Report of the Indian Hemp Drugs Commission, 1894-1895 - Volume IV
Year: 1894
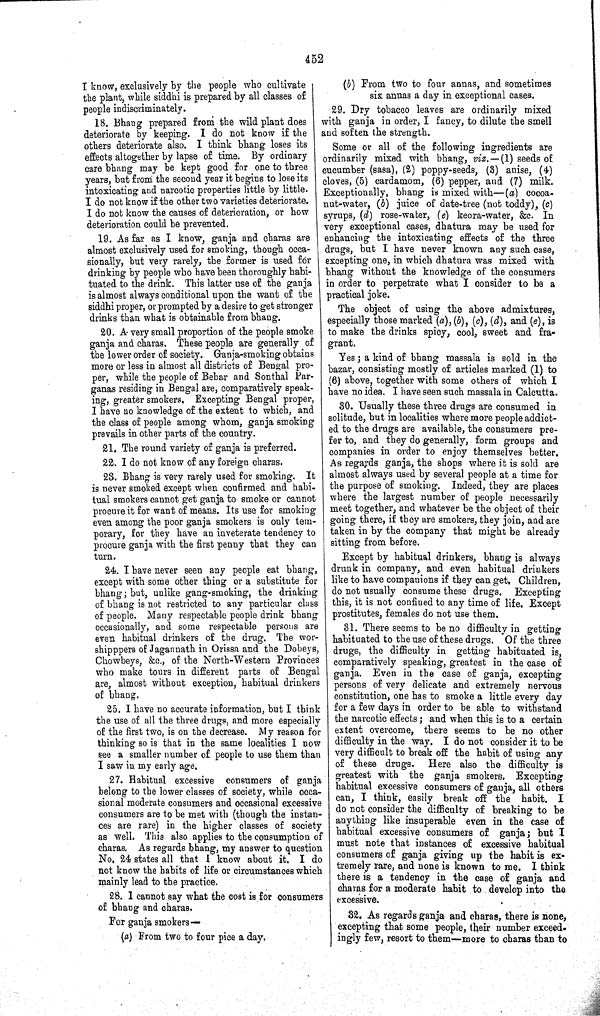
452
I know, exclusively by the people who cultivate
the plant, while siddhi is prepared by all classes of
people indiscriminately.
18. Bhang prepared from the wild plant does
deteriorate by keeping. I do not know if the
others deteriorate also. I think bhang loses its
effects altogether by lapse of time. By ordinary
care bhang may be kept good for one to three
years, but from the second year it begins to lose its
intoxicating and narcotic properties little by little.
I do not know if the other two varieties deteriorate.
I do not know the causes of deterioration, or how
deterioration could be prevented.
19. As far as I know, ganja and charas are
almost exclusively used for smoking, though occa-
sionally, but very rarely, the former is used for
drinking by people who have been thoroughly habi-
tuated to the drink. This latter use of the ganja
is almost always conditional upon the want of the
siddhi proper, or prompted by a desire to get stronger
drinks than what is obtainable from bhang.
20. A very small proportion of the people smoke
ganja and charas. These people are generally of
the lower order of society. Ganja-smoking obtains
more or less in almost all districts of Bengal pro-
per, while the people of Behar and Sonthal Par-
ganas residing in Bengal are, comparatively speak-
ing, greater smokers. Excepting Bengal proper,
I have no knowledge of the extent to which, and
the class of people among whom, ganja smoking
prevails in other parts of the country.
21. The round variety of ganja is preferred.
22. I do not know of any foreign charas.
23. Bhang is very rarely used for smoking. It
is never smoked except when confirmed and habi-
tual smokers cannot get ganja to smoke or cannot
procure it for want of means. Its use for smoking
even among the poor ganja smokers is only tem-
porary, for they have an inveterate tendency to
procure ganja with the first penny that they can
turn.
24. I have never seen any people eat bhang,
except with some other thing or a substitute for
bhang; but, unlike gang-smoking, the drinking
of bhang is not restricted to any particular class
of people. Many respectable people drink bhang
occasionally, and some respectable persons are
even habitual drinkers of the drug. The wor-
shipppers of Jagannath in Orissa and the Dobeys,
Chowbeys, &c., of the North-Western Provinces
who make tours in different parts of Bengal
are, almost without exception, habitual drinkers
of bhang.
25. I have no accurate information, but I think
the use of all the three drugs, and more especially
of the first two, is on the decrease. My reason for
thinking so is that in the same localities I now
see a smaller number of people to use them than
I saw in my early age.
27. Habitual excessive consumers of ganja
belong to the lower classes of society, while occa-
sional moderate consumers and occasional excessive
consumers are to be met with (though the instan-
ces are rare) in the higher classes of society
as well. This also applies to the consumption of
charas. As regards bhang, my answer to question
No. 24 states all that I know about it. I do
not know the habits of life or circumstances which
mainly lead to the practice.
28. I cannot say what the cost is for consumers
of bhang and charas.
For ganja smokers—
(a) From two to four pice a day.
(b) From two to four annas, and sometimes
six annas a day in exceptional cases.
29. Dry tobacco leaves are ordinarily mixed
with ganja in order, I fancy, to dilute the smell
and soften the strength.
Some or all of the following ingredients are
ordinarily mixed with bhang, viz.-—(1) seeds of
cucumber (sasa), (2) poppy-seeds, (3) anise, (4)
cloves, (5) cardamom, (6) pepper, and (7) milk.
Exceptionally, bhang is mixed with—(a) cocoa-
nut-water, (b) juice of date-tree (not toddy), (c)
syrups, (d) rose-water, (e) keora-water, &c. In
very exceptional cases, dhatura may be used for
enhancing the intoxicating effects of the three
drugs, but I have never known any such case,
excepting one, in which dhatura was mixed with
bhang without the knowledge of the consumers
in order to perpetrate what I consider to be a
practical joke.
The object of using the above admixtures,
especially those marked (a), (b), (c), (d), and (e), is
to make the drinks spicy, cool, sweet and fra-
grant.
Yes; a kind of bhang massala is sold in the
bazar, consisting mostly of articles marked (1) to
(6) above, together with some others of which I
have no idea. I have seen such massala in Calcutta.
30. Usually these three drugs are consumed in
solitude, but in localities where more people addict-
ed to the drugs are available, the consumers pre-
fer to, and they do generally, form groups and
companies in order to enjoy themselves better.
As regards ganja, the shops where it is sold are
almost always used by several people at a time for
the purpose of smoking. Indeed, they are places
where the largest number of people necessarily
meet together, and whatever be the object of their
going there, if they are smokers, they join, and are
taken in by the company that might be already
sitting from before.
Except by habitual drinkers, bhang is always
drunk in company, and even habitual drinkers
like to have companions if they can get. Children,
do not usually consume these drugs. Excepting
this, it is not confined to any time of life. Except
prostitutes, females do not use them.
31. There seems to be no difficulty in getting
habituated to the use of these drugs. Of the three
drugs, the difficulty in getting habituated is,
comparatively speaking, greatest in the case of
ganja. Even in the case of ganja, excepting
persons of very delicate and extremely nervous
constitution, one has to smoke a little every day
for a few days in order to be able to withstand
the narcotic effects; and when this is to a certain
extent overcome, there seems to be no other
difficulty in the way. I do not consider it to be
very difficult to break off the habit of using any
of these drugs. Here also the difficulty is
greatest with the ganja smokers. Excepting
habitual excessive consumers of ganja, all others
can, I think, easily break off the habit. I
do not consider the difficulty of breaking to be
anything like insuperable even in the case of
habitual excessive consumers of ganja; but I
must note that instances of excessive habitual
consumers of ganja giving up the habit is ex-
tremely rare, and none is known to me. I think
there is a tendency in the case of ganja and
charas for a moderate habit to develop into the
excessive.
32. As regards ganja and charas, there is none,
excepting that some people, their number exceed-
ingly few, resort to them—more to charas than to